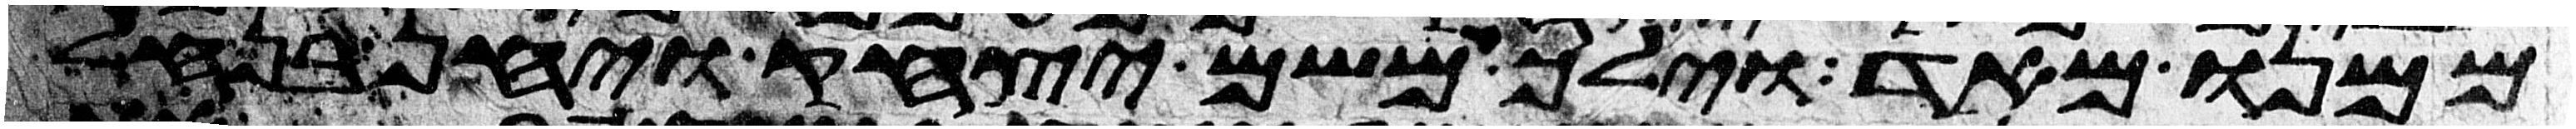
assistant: ממנו מאד וילך משם יצחק ויחן בנחל